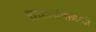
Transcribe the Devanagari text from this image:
राजदर्शनासाठी